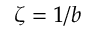
\zeta = 1 / b